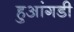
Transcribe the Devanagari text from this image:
हुआंगडी